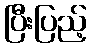
ပြီးပြည့်